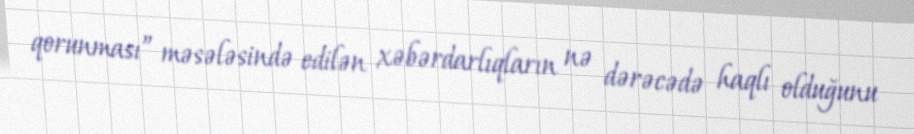
qorunması” məsələsində edilən xəbərdarlıqların nə dərəcədə haqlı olduğunu